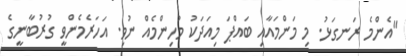
"އެންމެ ރަނގަޅު. މި މަންމައާއި ބައްޕަ މިއަދަކު މުހިންމެއް ނުވި. އަހަރެމެންވީ ގުރުބާނީގެ